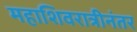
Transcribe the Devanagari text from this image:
महाशिवरात्रीनंतर